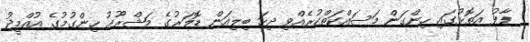
ފާފު އަތޮޅުގައި ހިންގަން މަސައްކަތްކުރެއްވި ދިހަ ބިލިއަން ޑޮލަރުގެ މަޝްރޫޢު ހިންގުމުގެ އުއްމީދު